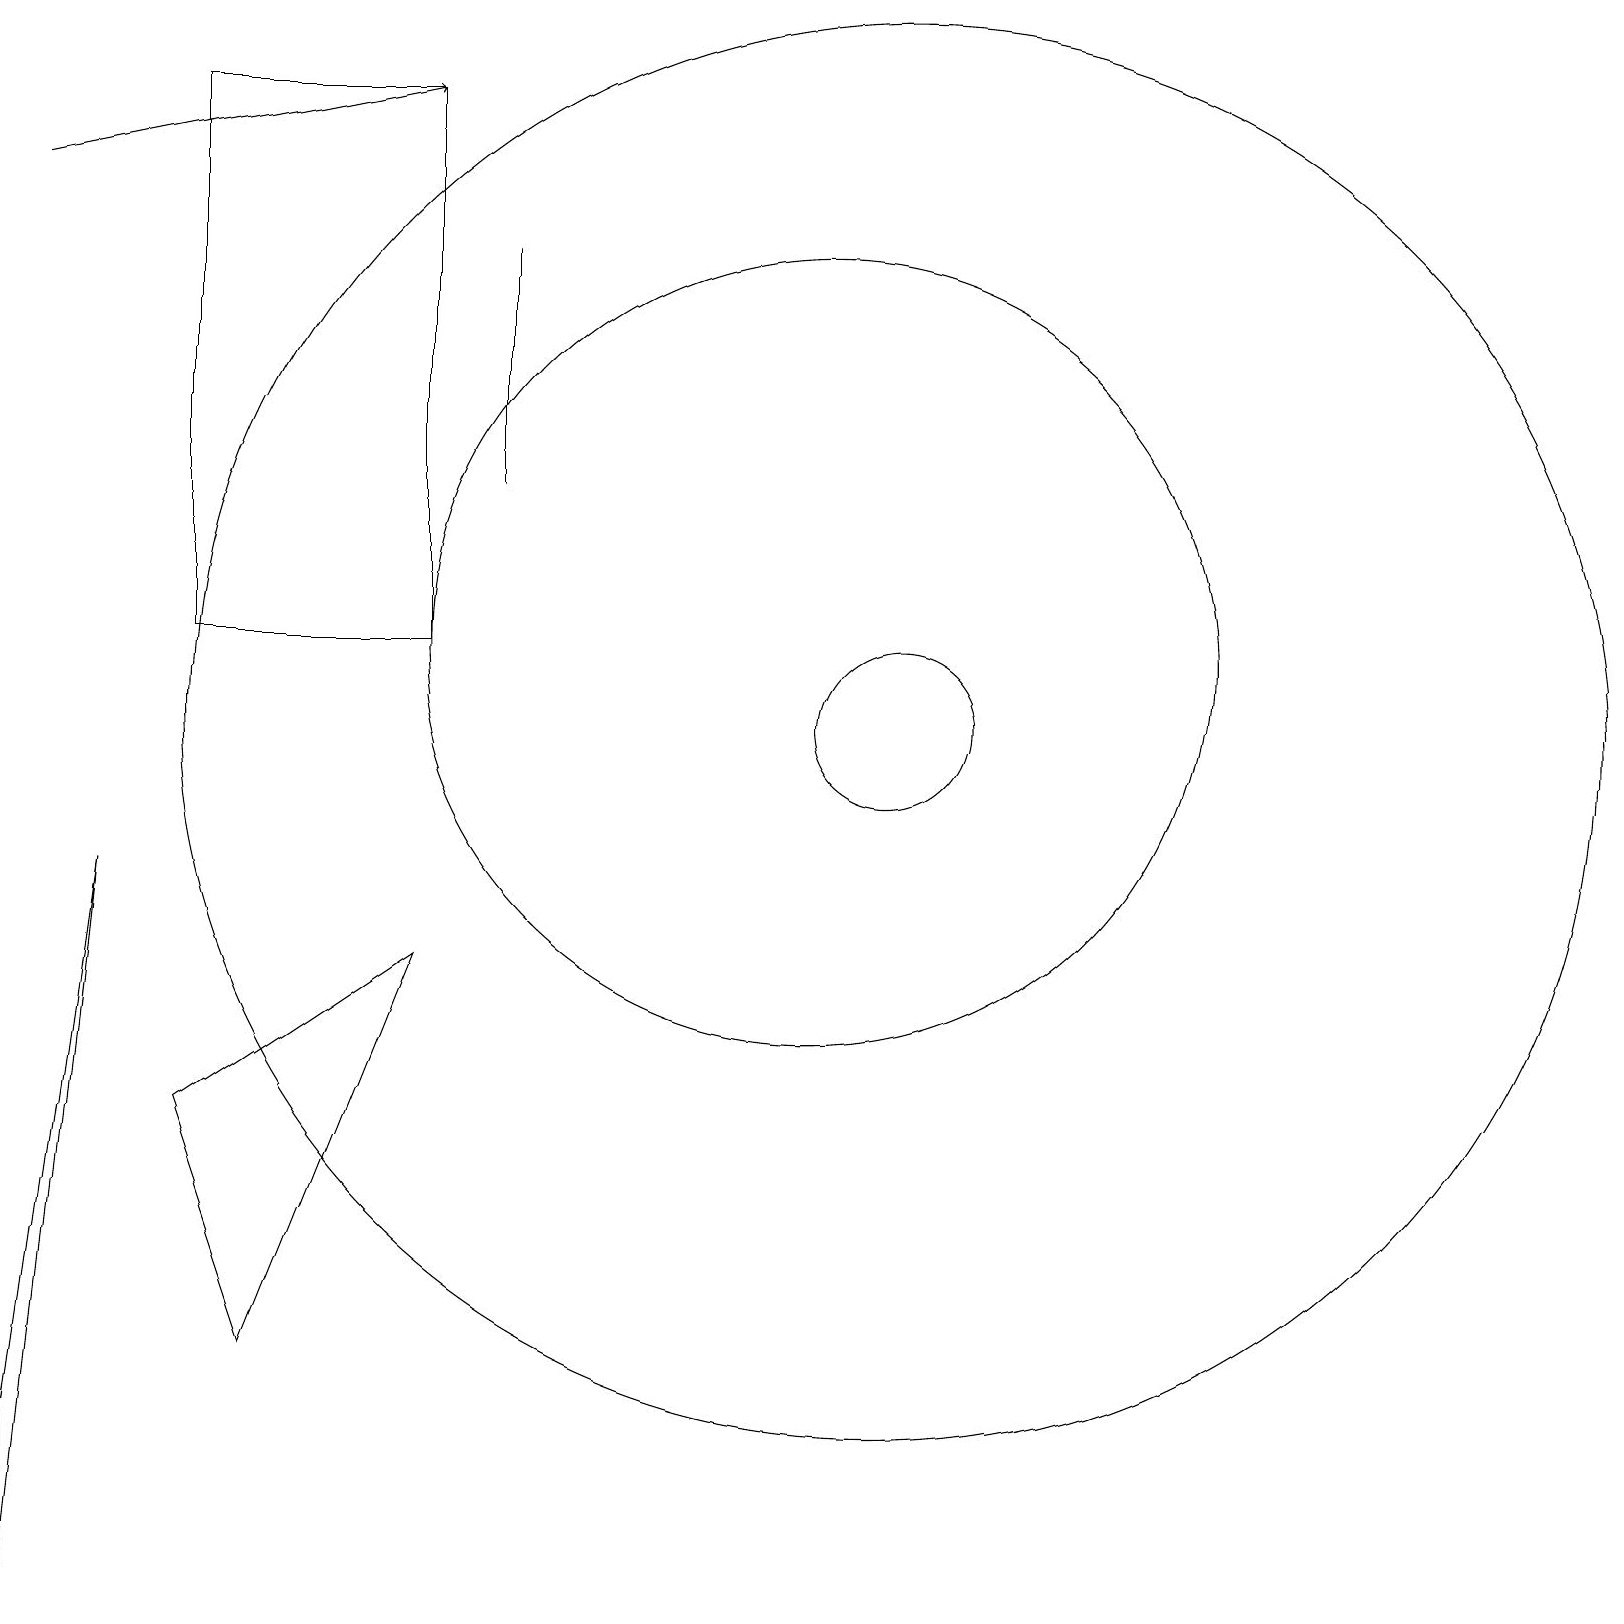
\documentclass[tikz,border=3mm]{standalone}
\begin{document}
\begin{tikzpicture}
\draw[->] (0,18) -- (5,19);
\draw (6,14) rectangle (6,17);
\draw (5,19) rectangle (2,12);
\draw (5,8) -- (3,3) -- (2,6) -- cycle;
\draw (11,11) circle (9);
\draw (10,12) circle (5);
\draw (11,11) circle (1);
\draw (1,9) -- (0,0) -- (0,2) -- cycle;
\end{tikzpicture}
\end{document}